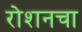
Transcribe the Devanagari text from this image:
रोशनचा